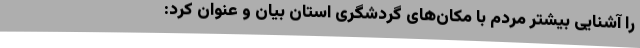
را آشنایی بیشتر مردم با مکان‌های گردشگری استان بیان و عنوان کرد: